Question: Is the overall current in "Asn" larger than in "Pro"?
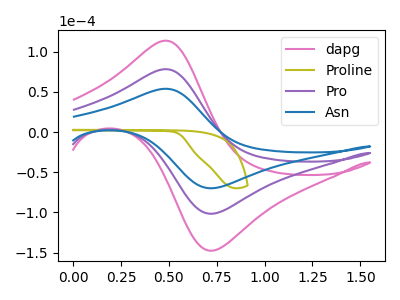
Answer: <think>The pink curve "dapg" has an anodic peak at (0.50V, 156.50uA) and a cathodic peak at (0.75V, -203.00uA). The olive curve "Proline" has no peaks. The purple curve "Pro" has an anodic peak at (0.50V, 78.25uA) and a cathodic peak at (0.75V, -101.50uA). The blue curve "Asn" has an anodic peak at (0.50V, 53.85uA) and a cathodic peak at (0.75V, -69.85uA).
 All the peaks in "Asn" have a peak in "Pro" at the same potential. Every peak in "Asn" is lower than every peak in "Pro".</think>
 <answer>"Asn" has less signal than "Pro".</answer>
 <eval>less_signal</eval>